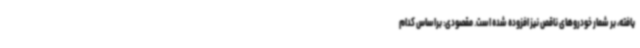
یافته، بر شمار خودروهای ناقص نیز افزوده شده است. مقصودی: براساس کدام